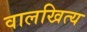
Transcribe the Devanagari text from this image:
वालखित्य